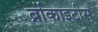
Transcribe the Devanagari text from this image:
ब्रोंकाइटीस